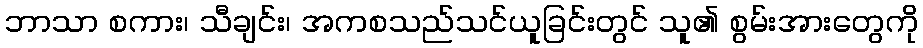
ဘာသာ စကား၊ သီချင်း၊ အကစသည်သင်ယူခြင်းတွင် သူ၏ စွမ်းအားတွေကို